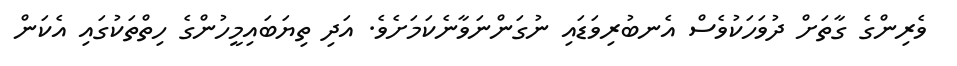
ވެރިންގެ ގާތަށް ދުވަހަކުވެސް އެނބުރިވަޑައި ނުގަންނަވާނެކަމަށެވެ. އަދި ތިޔަބައިމީހުންގެ ހިތްތަކުގައި އެކަން